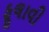
ફૂલાવી